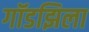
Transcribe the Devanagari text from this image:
गॉडझिला